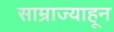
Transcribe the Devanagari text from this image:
साम्राज्याहून